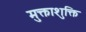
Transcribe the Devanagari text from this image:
मुक्ताशुक्ति